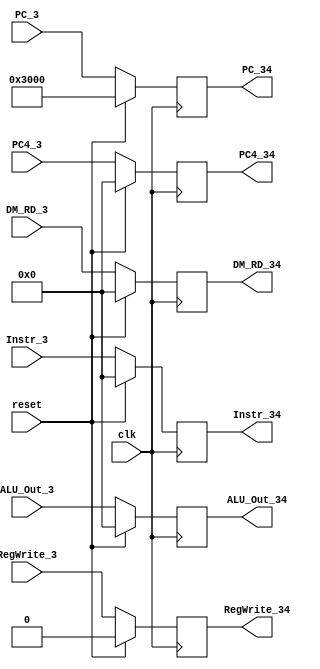
`timescale 1ns / 1ps
//////////////////////////////////////////////////////////////////////////////////
// Company: 
// Engineer: 
// 
// Design Name: 
// Module Name:    MEM2WB 
// Project Name: 
// Target Devices: 
// Tool versions: 
// Description: 
//
// Dependencies: 
//
// Revision: 
// Revision 0.01 - File Created
// Additional Comments: 
//
//////////////////////////////////////////////////////////////////////////////////
module MEM2WB(
    input clk,
    input reset,
    input [31:0] Instr_3,
    input [31:0] PC_3,
	 input [31:0] DM_RD_3,
	 input [31:0] ALU_Out_3,
	 input [31:0] PC4_3,
	 input RegWrite_3,
	 output reg [31:0] Instr_34,
	 output reg [31:0] PC_34,
	 output reg [31:0] DM_RD_34,
	 output reg [31:0] ALU_Out_34,
	 output reg [31:0] PC4_34,
	 output reg RegWrite_34
    );
	 
	 always @(posedge clk) begin
		if(reset) begin
			Instr_34<=32'h0;
			PC_34<=32'h00003000;
			DM_RD_34<=32'h0;
			ALU_Out_34<=32'h0;
			PC4_34<=32'h0;
			RegWrite_34<=1'b0;
		end
		else begin
			Instr_34<=Instr_3;
			PC_34<=PC_3;
			DM_RD_34<=DM_RD_3;
			ALU_Out_34<=ALU_Out_3;
			PC4_34<=PC4_3;
			RegWrite_34<=RegWrite_3;
		end
	 end


endmodule